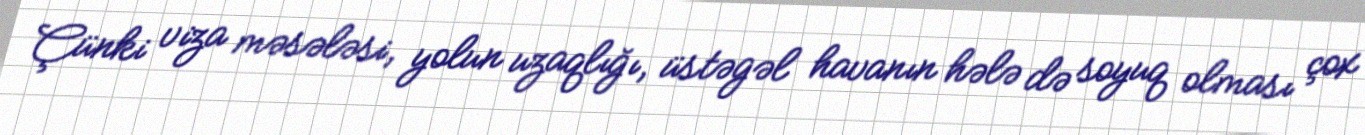
Çünki viza məsələsi, yolun uzaqlığı, üstəgəl havanın hələ də soyuq olması çox